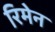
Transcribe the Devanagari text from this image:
रिमेन